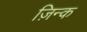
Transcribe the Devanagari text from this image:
ज़िन्क